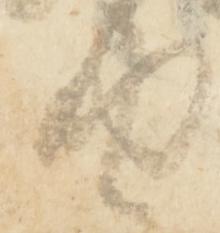
助